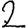
Digit: 2